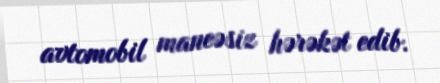
avtomobil maneəsiz hərəkət edib.